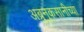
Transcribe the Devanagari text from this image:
अब्रुनुकसानीच्या